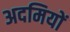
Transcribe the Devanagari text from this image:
अदमियों